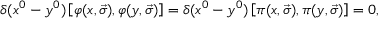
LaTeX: \delta ( x ^ { 0 } - y ^ { 0 } ) \left[ \varphi ( x , \vec { \sigma } ) , \varphi ( y , \vec { \sigma } ) \right] = \delta ( x ^ { 0 } - y ^ { 0 } ) \left[ \pi ( x , \vec { \sigma } ) , \pi ( y , \vec { \sigma } ) \right] = 0 ,